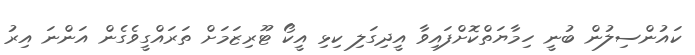
ކައުންސިލުން ބުނީ ހިމާޔަތްކޮށްފައިވާ އީދިގަލި ކިޅި އީކޯ ޓޫރިޒަމަށް ތަރައްގީވެގެން އަންނަ އިރު